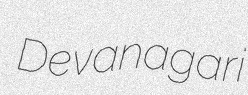
Devanagari